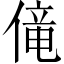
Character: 𫣏